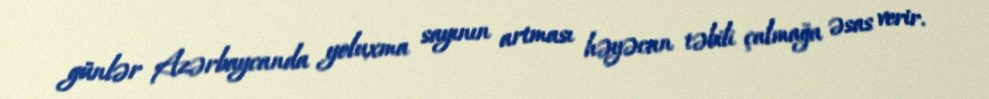
günlər Azərbaycanda yoluxma sayının artması həyəcan təbili çalmağa əsas verir.